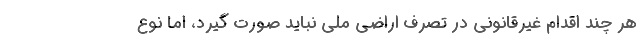
هر چند اقدام غیرقانونی در تصرف اراضی ملی نباید صورت گیرد، اما نوع